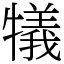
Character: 犠